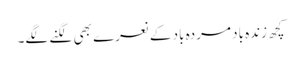
کچھ زندہ باد مردہ باد کے نعرے بھی لگنے لگے۔